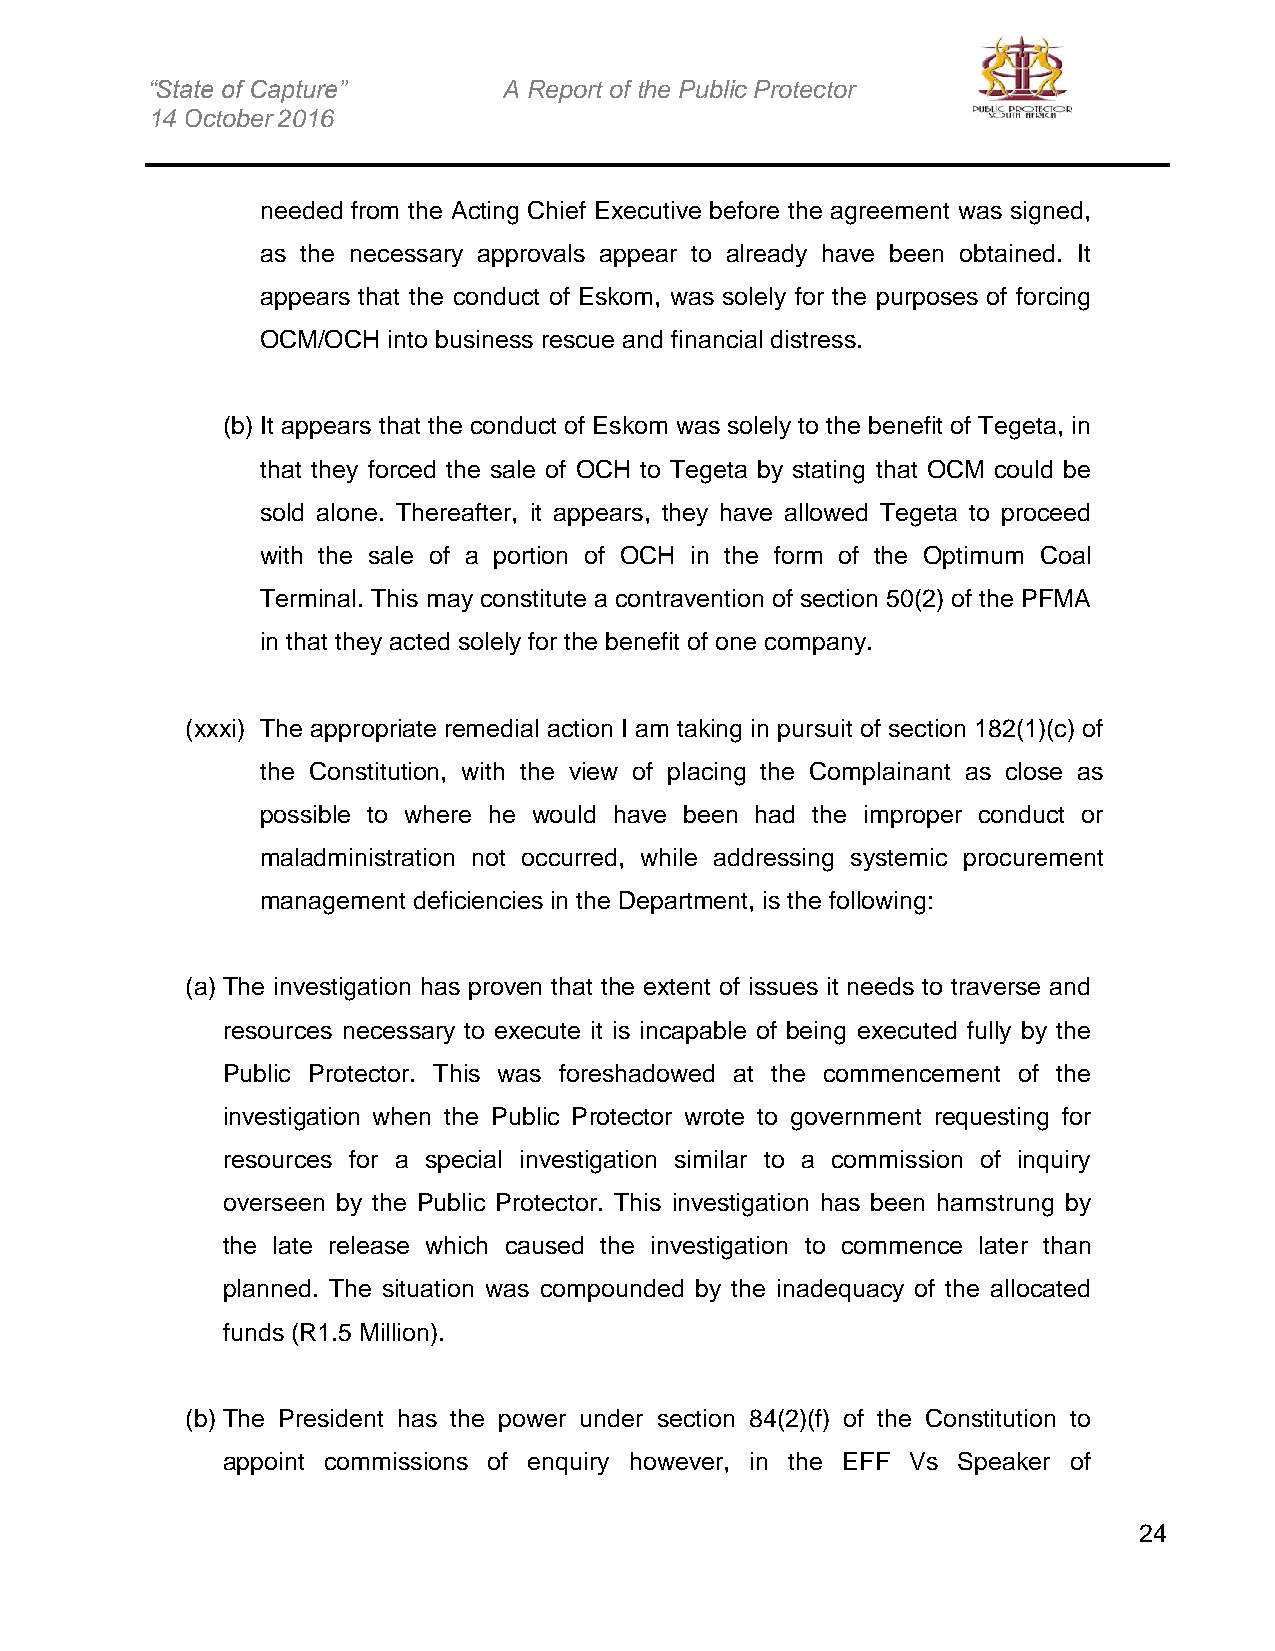
“State of Capture”     A Report of the Public Protector
 14 October 2016
 needed from the Acting Chief Executive before the agreement was signed,
 as the necessary approvals appear to already have been obtained. It
 appears that the conduct of Eskom, was solely for the purposes of forcing
 OCM/OCH  into business rescue and financial distress.
 (b) It appears that the conduct of Eskom was solely to the benefit of Tegeta, in
 that they forced the sale of OCH to Tegeta by stating that OCM could be
 sold alone. Thereafter, it appears, they have allowed Tegeta to proceed
 with the sale of a portion of OCH in the form of the Optimum Coal
 Terminal. This may constitute a contravention of section 50(2) of the PFMA
 in that they acted solely for the benefit of one company.
 (xxxi) The appropriate remedial action I am taking in pursuit of section 182(1)(c) of
 the Constitution, with the view of placing the Complainant as close as
 possible to where he would have been had the improper conduct or
 maladministration not occurred, while addressing systemic procurement
 management deficiencies in the Department, is the following:
 (a) The investigation has proven that the extent of issues it needs to traverse and
 resources necessary to execute it is incapable of being executed fully by the
 Public Protector. This was foreshadowed at the commencement of the
 investigation when the Public Protector wrote to government requesting for
 resources for a special investigation similar to a commission of inquiry
 overseen by the Public Protector. This investigation has been hamstrung by
 the late release which caused the investigation to commence later than
 planned. The situation was compounded by the inadequacy of the allocated
 funds (R1.5 Million).
 (b) The President has the power under section 84(2)(f) of the Constitution to
 appoint commissions of enquiry however, in the EFF Vs Speaker of
 24